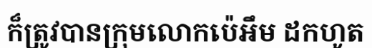
ក៏ត្រូវបានក្រុមលោកប៉េអឹម ដកហូត